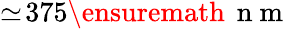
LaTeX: \simeq\! 375\ensuremath{\, \mathrm{~n~m~}}